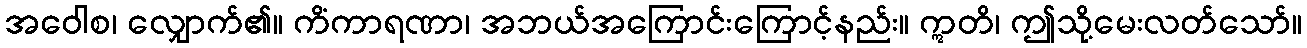
အဝေါစ၊ လျှောက်၏။ ကိံကာရဏာ၊ အဘယ်အကြောင်းကြောင့်နည်း။ ဣတိ၊ ဤသို့မေးလတ်သော်။